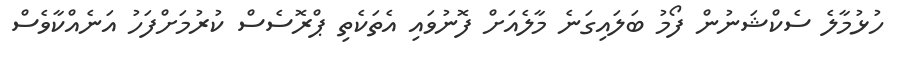
ހުޅުމާލެ ސެކްޝަނުން ފޯމު ބަލައިގަނެ މާލެއަށް ފޮނުވައި އެތަކެތި ޕްރޮސެސް ކުރުމަށްފަހު އަނެއްކާވެސް